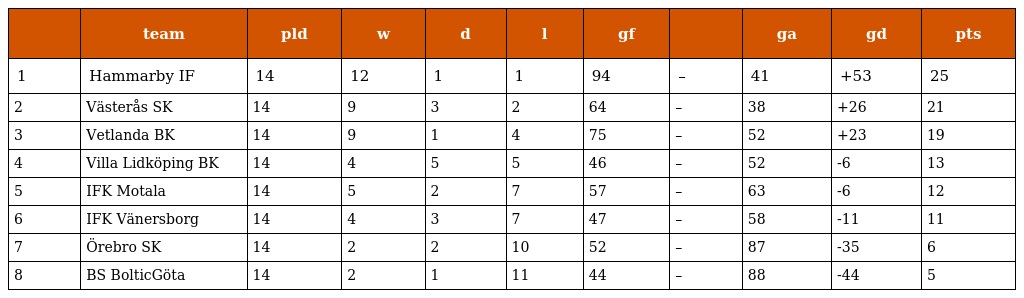
|  | team | pld | w | d | l | gf |  | ga | gd | pts |
 | --- | --- | --- | --- | --- | --- | --- | --- | --- | --- | --- |
 | 1 | Hammarby IF | 14 | 12 | 1 | 1 | 94 | – | 41 | +53 | 25 |
 | 2 | Västerås SK | 14 | 9 | 3 | 2 | 64 | – | 38 | +26 | 21 |
 | 3 | Vetlanda BK | 14 | 9 | 1 | 4 | 75 | – | 52 | +23 | 19 |
 | 4 | Villa Lidköping BK | 14 | 4 | 5 | 5 | 46 | – | 52 | -6 | 13 |
 | 5 | IFK Motala | 14 | 5 | 2 | 7 | 57 | – | 63 | -6 | 12 |
 | 6 | IFK Vänersborg | 14 | 4 | 3 | 7 | 47 | – | 58 | -11 | 11 |
 | 7 | Örebro SK | 14 | 2 | 2 | 10 | 52 | – | 87 | -35 | 6 |
 | 8 | BS BolticGöta | 14 | 2 | 1 | 11 | 44 | – | 88 | -44 | 5 |